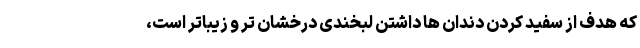
که هدف از سفید کردن دندان ها داشتن لبخندی درخشان تر و زیباتر است،